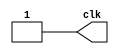
module clock(clk);

output reg clk;

always
begin
    clk = 0; 
    #10 clk = ~clk;
    #10;
end


endmodule